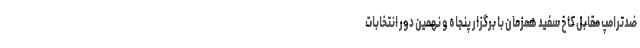
ضدترامپ مقابل کاخ سفید همزمان با برگزار پنجاه و نهمین دور انتخابات